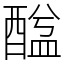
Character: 䤈